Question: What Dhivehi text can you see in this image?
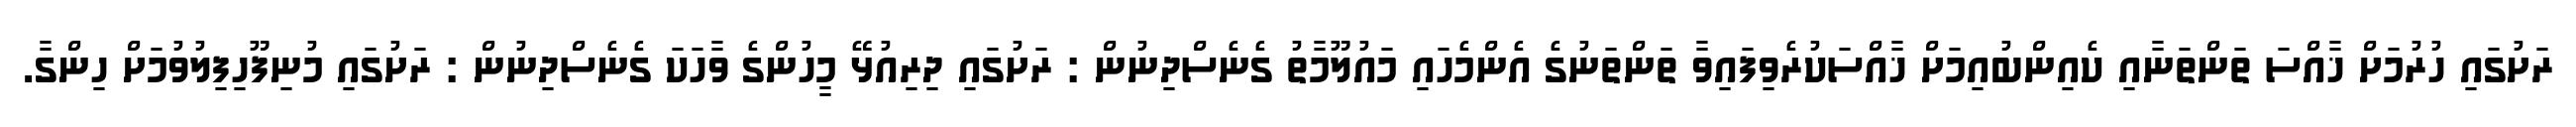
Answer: ރަށުގައި ހުރުމަށް ޚާއްސަ ތަންތަނާއި ކެއިންބުއިމަށް ޚާއްސަކުރެވިފައިވާ ތަންތަނުގެ އެންމެހައި މައުލޫމާތު ގެނެސްދިނުން : ރަށުގައި ދިރިއުޅޭ މީހުންގެ ވާހަކަ ގެނެސްދިނުން : ރަށުގައި މުނިފޫހިފިލުވުމަށް ހިންގާ.